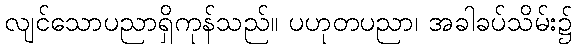
လျင်သောပညာရှိကုန်သည်။ ပဟုတပညာ၊ အခါခပ်သိမ်း၌